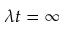
\lambda t = \infty